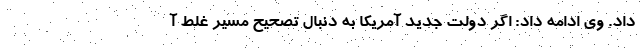
داد. وی ادامه داد: اگر دولت جدید آمریکا به دنبال تصحیح مسیر غلط آ